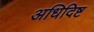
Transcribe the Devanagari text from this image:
अधिदिष्ट